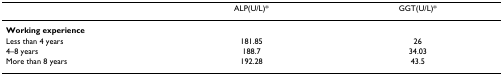
<table><thead><tr><td></td><td><b>ALP(U/L)*</b></td><td><b>GGT(U/L)*</b></td></tr></thead><tbody><tr><td><b>Working experience</b></td><td></td><td></td></tr><tr><td>Less than 4 years</td><td>181.85</td><td>26</td></tr><tr><td>4–8 years</td><td>188.7</td><td>34.03</td></tr><tr><td>More than 8 years</td><td>192.28</td><td>43.5</td></tr></tbody></table>